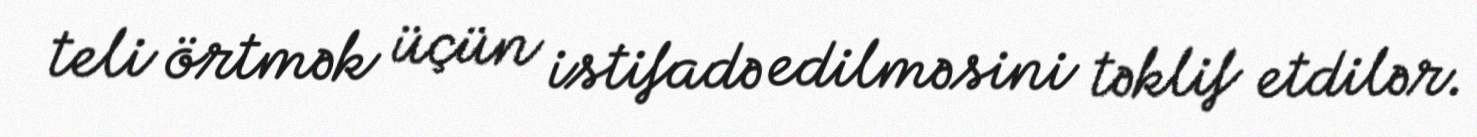
teli örtmək üçün istifadə edilməsini təklif etdilər.